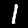
Digit: 1